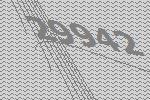
29942